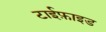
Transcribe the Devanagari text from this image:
टाईफ़ाइड